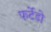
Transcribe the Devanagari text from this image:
फर्टेडो